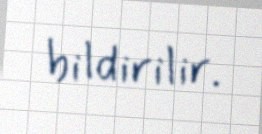
bildirilir.